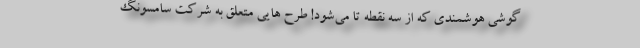
گوشی هوشمندی که از سه نقطه تا می‌شود! طرح هایی متعلق به شرکت سامسونگ